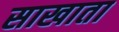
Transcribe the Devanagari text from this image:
साखाता